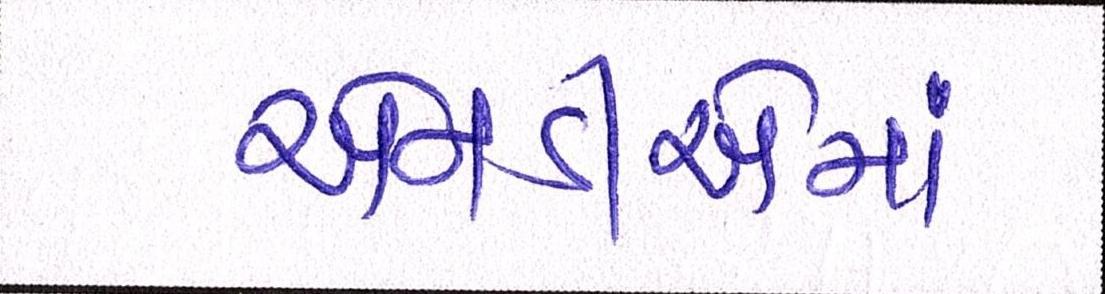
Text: એનડીએમાં